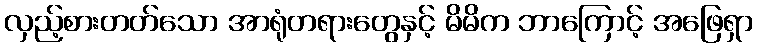
လှည့်စားတတ်သော အာရုံတရားတွေနှင့် မိမိက ဘာကြောင့် အဖြေရှာ